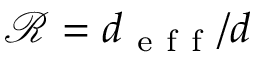
\mathcal { R } = d _ { \mathrm { ~ e ~ f ~ f ~ } } / d